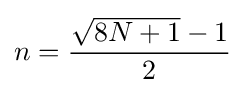
\displaystyle n={\frac {{\sqrt {8N+1}}-1}{2}}